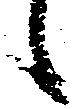
候